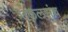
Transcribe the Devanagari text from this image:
उकलसंच